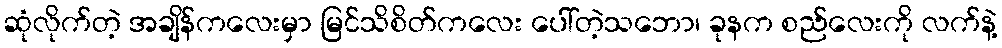
ဆုံလိုက်တဲ့ အချိန်ကလေးမှာ မြင်သိစိတ်ကလေး ပေါ်တဲ့သဘော၊ ခုနက စည်လေးကို လက်နဲ့